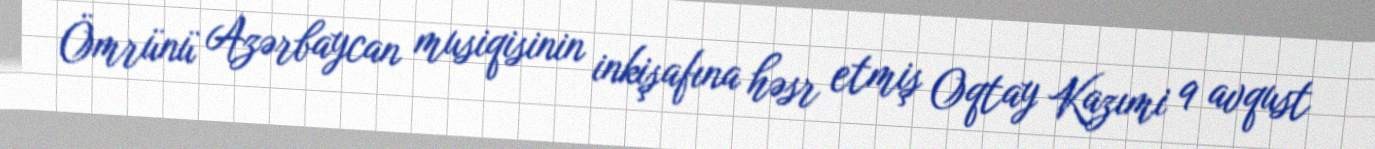
Ömrünü Azərbaycan musiqisinin inkişafına həsr etmiş Oqtay Kazımi 9 avqust